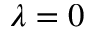
\lambda = 0